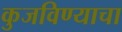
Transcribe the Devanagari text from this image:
कुजविण्याचा